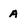
Character: A